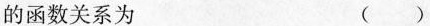
的函数关系为 ()